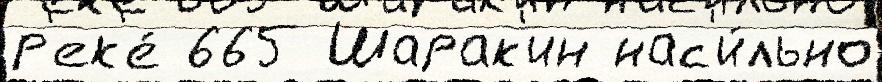
р'ек'е́ 665 Шарак'ин нас'и́льно